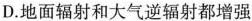
D.地面辐射和大气逆辐射都增强